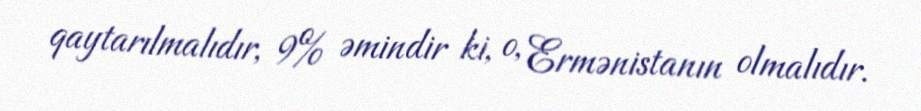
qaytarılmalıdır, 9% əmindir ki, o, Ermənistanın olmalıdır.